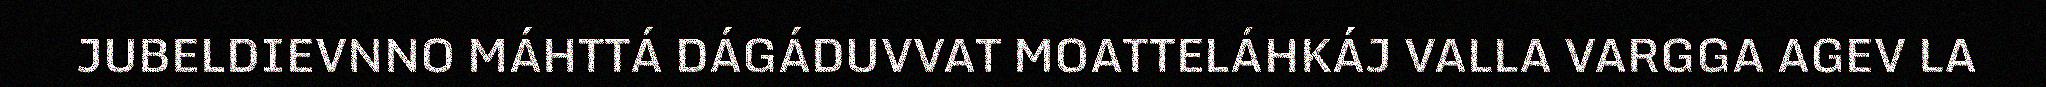
JUBELDIEVNNO MÁHTTÁ DÁGÁDUVVAT MOATTELÁHKÁJ VALLA VARGGA AGEV LA